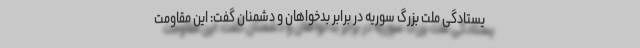
یستادگی ملت بزرگ سوریه در برابر بدخواهان و دشمنان گفت: این مقاومت